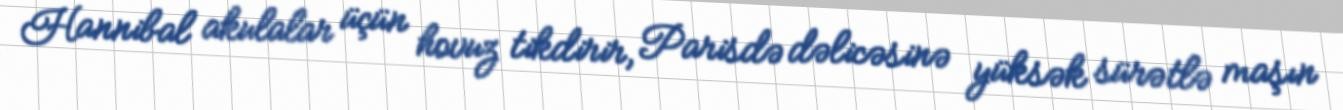
Hannibal akulalar üçün hovuz tikdirir, Parisdə dəlicəsinə yüksək sürətlə maşın